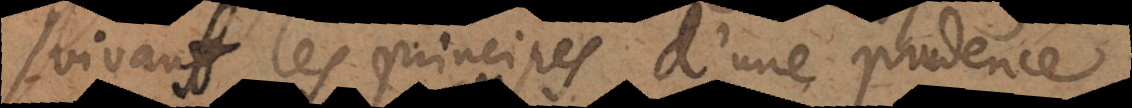
suivant les principes d’une p